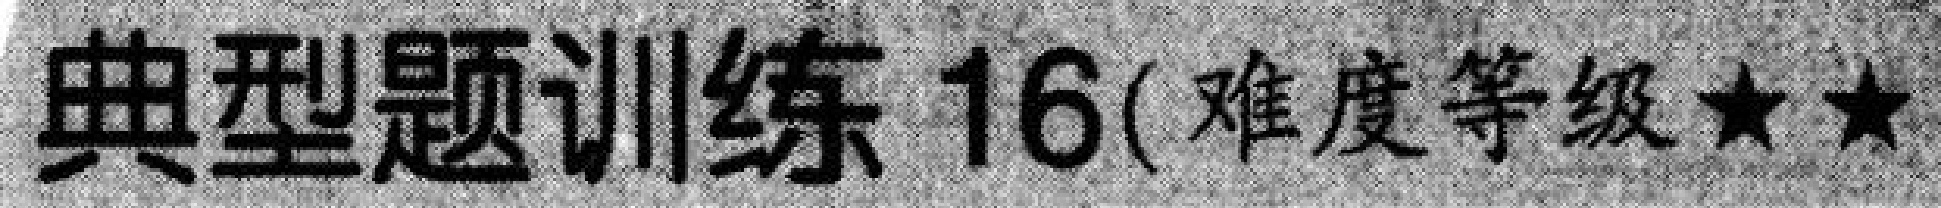
典型题训练 16(难度等级★★